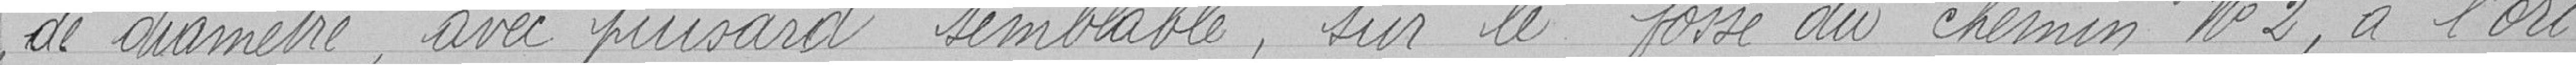
de diamètre, avec puisard semblable, sur le fossé du chemin numéro 2, à l'ori-